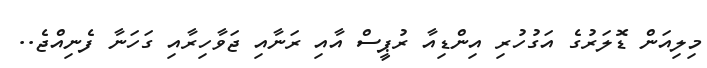
މިލިއަން ޑޮލަރުގެ އަގުހުރި އިންޑިއާ ރުޕީސް އާއި ރަނާއި ޖަވާހިރާއި ގަހަނާ ފެނިއްޖެ..